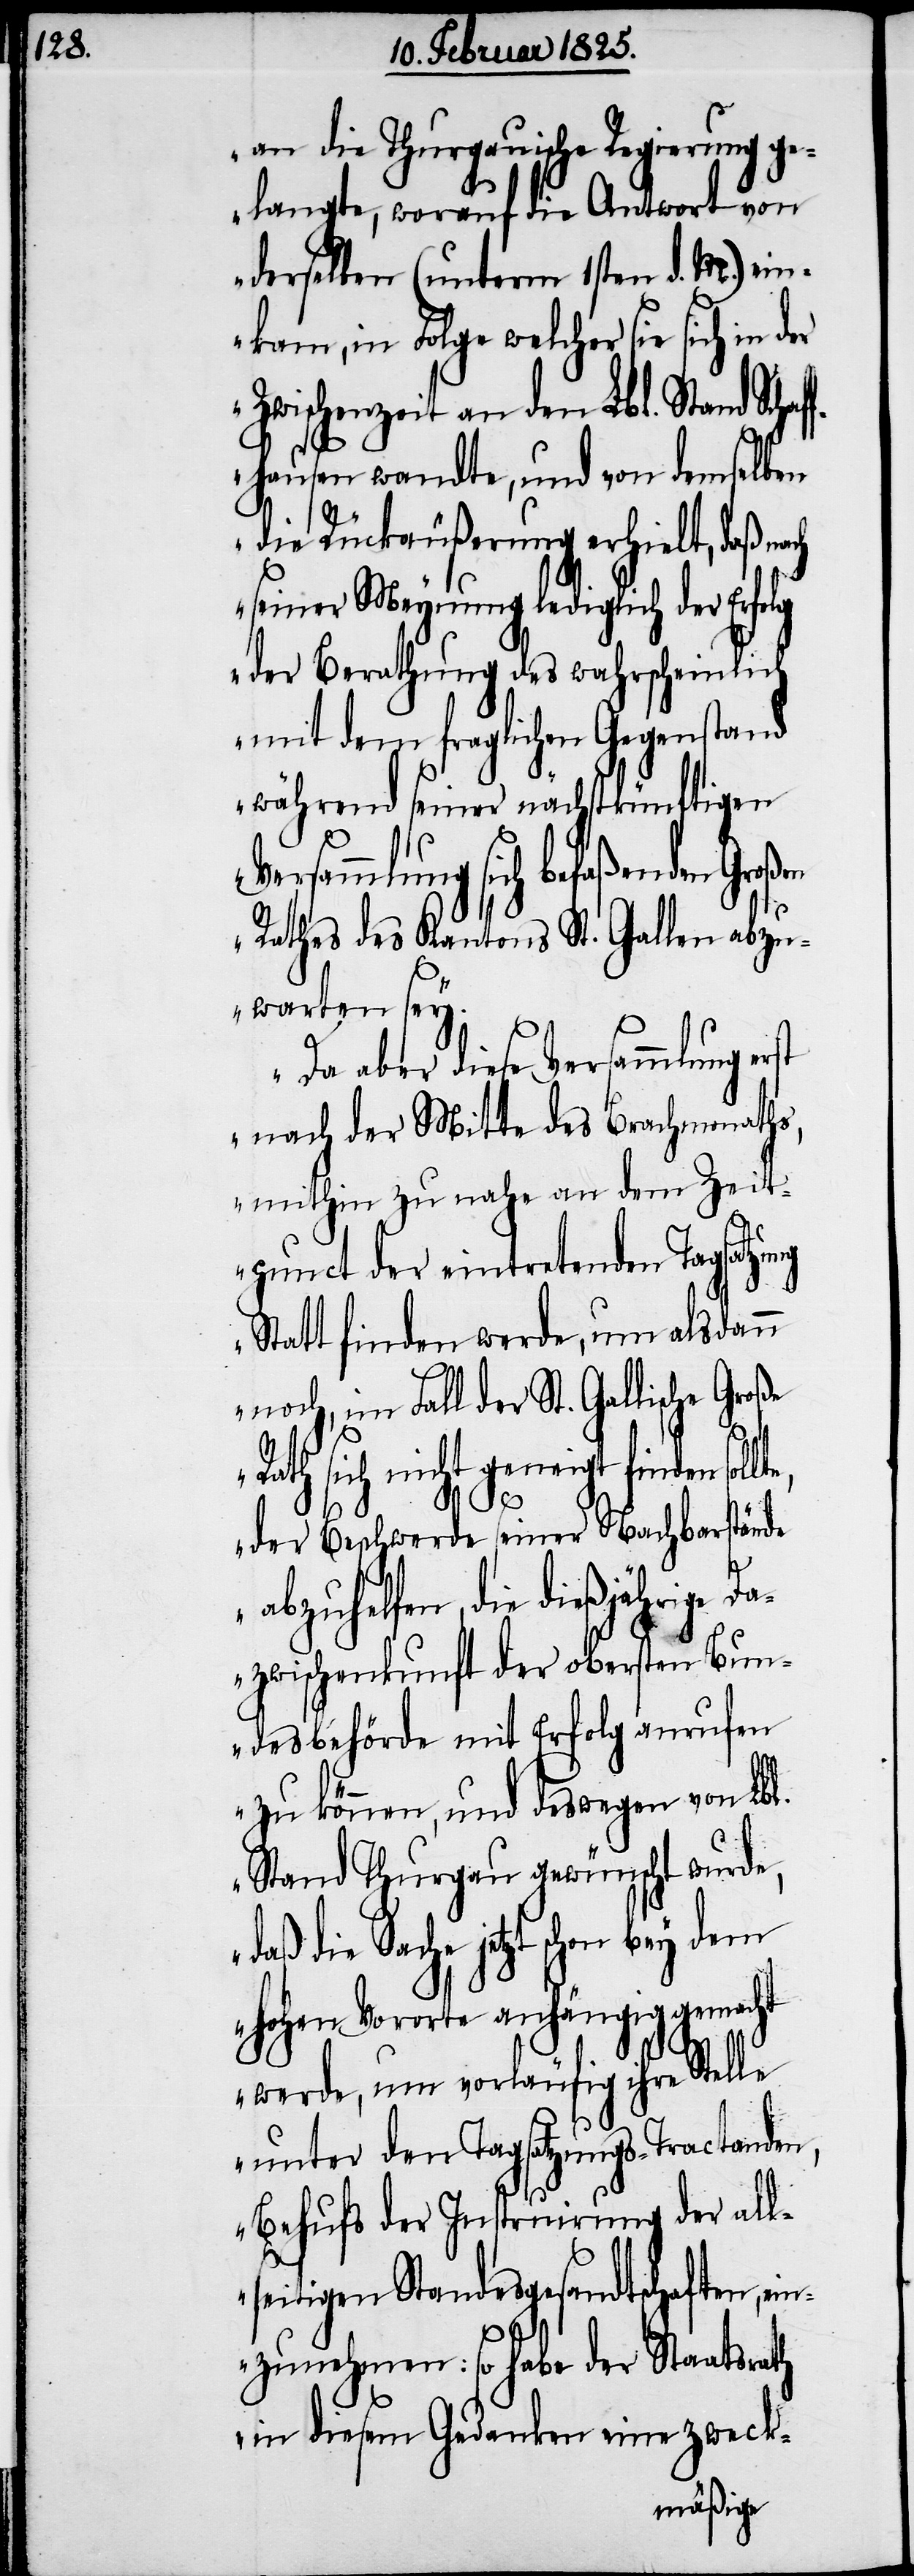
an die Thurgauische Regierung ge¬
langte, worauf die Antwort von
derselben (unterm 1sten d. M.) ein¬
kam, in Folge welcher sie sich in der
Zwischenzeit an den Lbl. Stand Scha¬
fhausen wandte, und von demselben
die Rückäußerung erhielt, daß na¬
seiner Meynung lediglich der Erfolg
der Berathung des wahrscheinlich
mit dem fraglichen Gegenstand
während seiner nächstkünftigen
Versammlung sich befaßenden
Rathes des Kantons St. Gallen abzu¬
warten sey.
Da aber diese Versammlung erst
nach der Mitte des Brachmonaths,
mithin zu nahe an dem Zeit¬
punct der eintretenden Tagsatzung
Statt finden werde, um alsdann
noch, im Fall der St. Gallische Große
Rath sich nicht geneigt finden sol¬
lte,
th
der Beschwerde seiner Nachbarstände
abzuhelfen, die dießjährige
Dazwischenkunft der obersten Bun¬
desbehörde mit Erfolg anrufen
zu können, und deswegen von Lbl.
Stand Thurgau gewünscht wurde,
Sache jetzt schon bey dem
hohen Vororte anhängig gemacht
werde, um vorläufig ihre Stelle
unter den Tagsatzungs-Tractanden,
Behufs der Instruirung der all¬
seitigen Standesgesandtschaften, e¬
inzunehmen: so habe der Staatsra¬
in diesem Gedanken eine zweck-